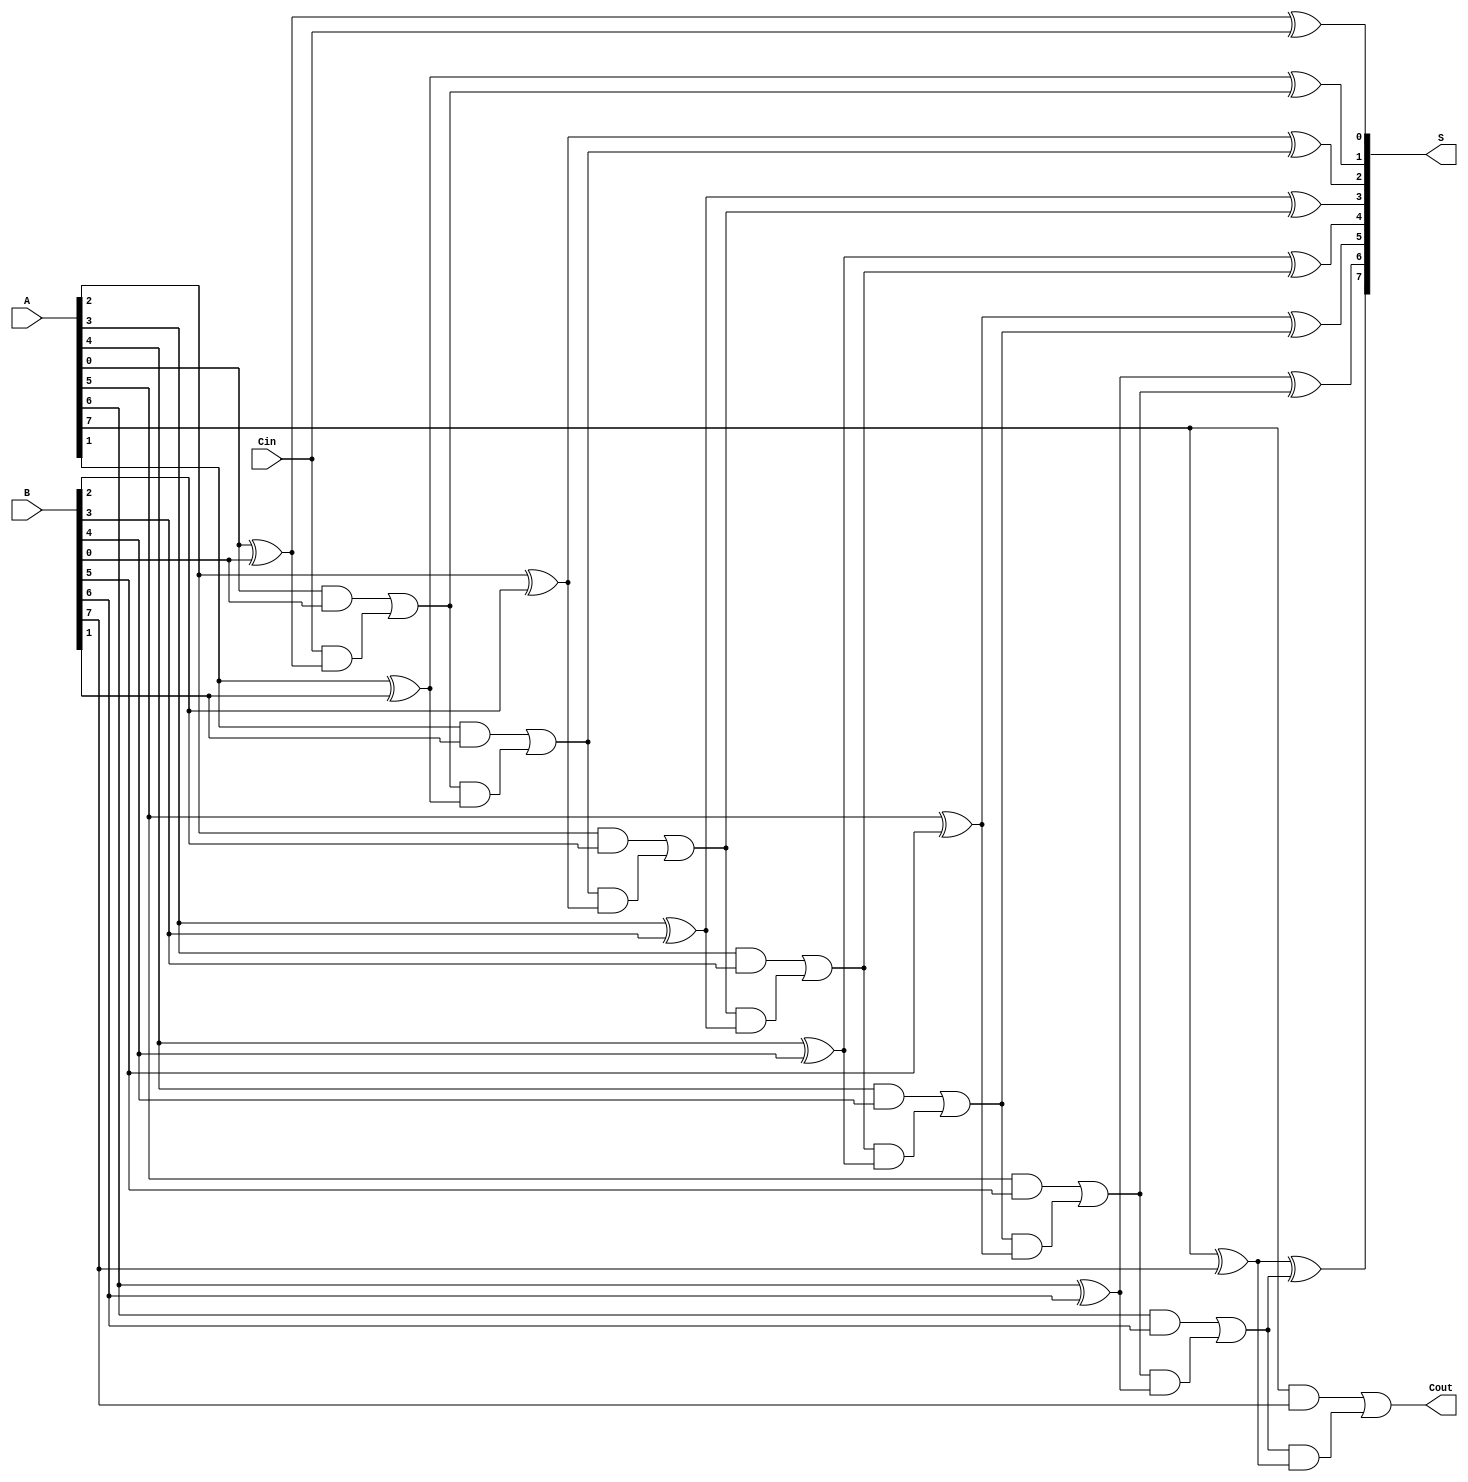
module manchester_carry_chain_adder #(
    parameter N = 8 // Bit-width parameter
)(
    input  wire [N-1:0] A,      // First n-bit input
    input  wire [N-1:0] B,      // Second n-bit input
    input  wire Cin,             // Carry-in
    output wire [N-1:0] S,       // n-bit sum output
    output wire Cout             // Carry-out
);

    wire [N:0] C;  // Carry signals, C[0] = Cin, C[N] = Cout

    // Initial carry input
    assign C[0] = Cin;

    genvar i;
    generate
        for (i = 0; i < N; i = i + 1) begin : carry_chain
            // Sum calculation
            assign S[i] = A[i] ^ B[i] ^ C[i];

            // Carry generation
            assign C[i + 1] = (A[i] & B[i]) | (C[i] & (A[i] ^ B[i]));
        end
    endgenerate

    // Final carry-out
    assign Cout = C[N];

endmodule